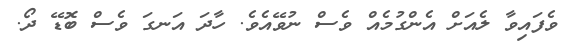
ވެފައިވާ ލެއަށް އެންގުމެއް ވެސް ނުވޭއެވެ. ހާދަ އަނގަ ވެސް ބޮޑޭ ދޯ.